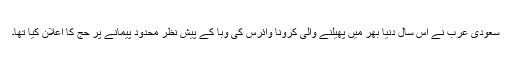
سعودی عرب نے اس سال دنیا بھر میں پھیلنے والی کرونا وائرس کی وَبا کے پیش نظر محدود پیمانے پر حج کا اعلان کیا تھا۔